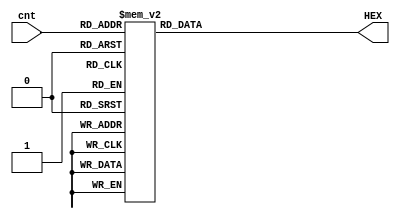
module segment(
input        [3:0] cnt, 
output  reg  [6:0] HEX
);
assign  scan=4'b0001; 
always@(cnt) 
begin   
  case(cnt)
	 4'b0000:HEX= 7'b1000000;  
    4'b0001:HEX= 7'b1111001;	// ---a---- 
	 4'b0010:HEX= 7'b0100100; 	// |	  |
	 4'b0011:HEX= 7'b0110000; 	// f 	  b 
	 4'b0100:HEX= 7'b0011001; 	// |	  |
	 4'b0101:HEX= 7'b0010010; 	// ---g----
	 4'b0110:HEX= 7'b0000010; 	// |	  |
	 4'b0111:HEX= 7'b1111000; 	// e 	  c
	 4'b1000:HEX= 7'b0000000; 	// |	  |
	 4'b1001:HEX= 7'b0011000; 	// ---d----
	 4'b1010:HEX= 7'b0001000;
	 4'b1011:HEX= 7'b0000011;
	 4'b1100:HEX= 7'b0100111;
	 4'b1101:HEX= 7'b0100001;
	 4'b1110:HEX= 7'b0000110;
	 4'b1111:HEX= 7'b0001110;
	 default:HEX= 7'b1000000;  
  endcase 
 end 
endmodule